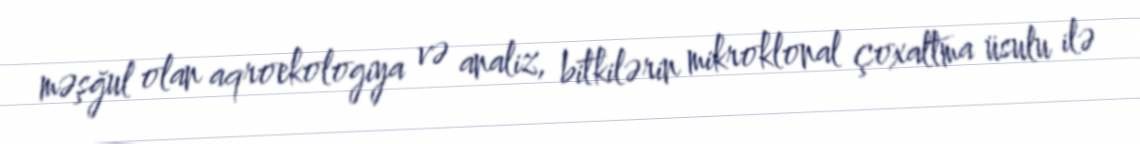
məşğul olan aqroekologiya və analiz, bitkilərin mikroklonal çoxaltma üsulu ilə